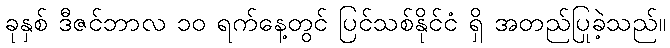
ခုနှစ် ဒီဇင်ဘာလ ၁၀ ရက်နေ့တွင် ပြင်သစ်နိုင်ငံ ရှိ အတည်ပြုခဲ့သည်။